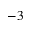
^ { - 3 }